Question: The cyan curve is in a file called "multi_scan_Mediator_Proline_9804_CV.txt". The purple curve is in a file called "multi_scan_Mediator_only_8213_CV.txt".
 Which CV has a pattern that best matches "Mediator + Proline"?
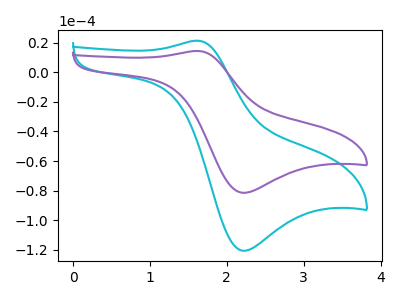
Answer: <think>The cyan curve "Mediator + Proline" has an anodic peak at (1.60V, 21.40uA) and a cathodic peak at (2.20V, -120.65uA). The purple curve "Mediator + only" has an anodic peak at (1.60V, 14.45uA) and a cathodic peak at (2.20V, -81.45uA).
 All the peaks in "Mediator + Proline" have a peak in "Mediator + only" at the same potential. Every peak in "Mediator + Proline" is higher than every peak in "Mediator + only".</think>
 <answer>The CV with the most similar shape to "Mediator + only" is "Mediator + Proline".</answer>
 <eval>"Mediator + Proline"</eval>